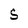
Character: S